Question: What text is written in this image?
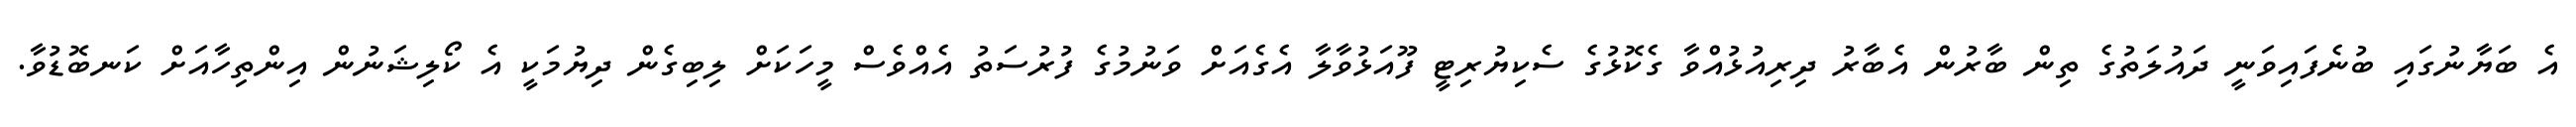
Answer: އެ ބަޔާނުގައި ބުނެފައިވަނީ ދައުލަތުގެ ތިން ބާރުން އެބާރު ދިރިއުޅުއްވާ ގެކޮޅުގެ ސެކިޔުރިޓީ ފޫއަޅުވާލާ އެގެއަށް ވަނުމުގެ ފުރުސަތު އެއްވެސް މީހަކަށް ލިބިގެން ދިޔުމަކީ އެ ކޯލިޝަނުން އިންތިހާއަށް ކަނބޮޑުވާ.